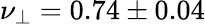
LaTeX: \nu_{\perp}=0.74\pm 0.04